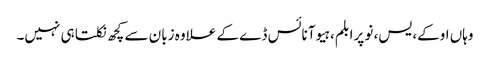
وہاں اوکے، یس، نو پرابلم، ہیو آ نائس ڈے کے علاوہ زبان سے کچھ نکلتا ہی نہیں۔